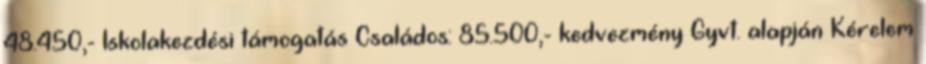
48.450,- Iskolakezdési támogatás Családos: 85.500,- kedvezmény Gyvt. alapján Kérelem